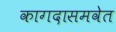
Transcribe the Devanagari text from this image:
कागदासमवेत